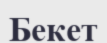
Бекет